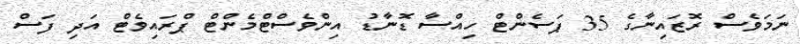
ނަމަވެސް ރޮޒައިނާގެ 35 ޕަސެންޓް ހިއްސާ ޑޮނާޑު އިންވެސްޓްމެންޓް ޕްރައިވެޓް އަދި ފަސް